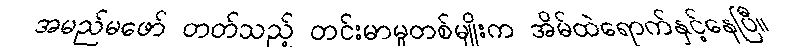
အမည်မဖော် တတ်သည့် တင်းမာမှုတစ်မျိုးက အိမ်ထဲရောက်နှင့်နေပြီ။